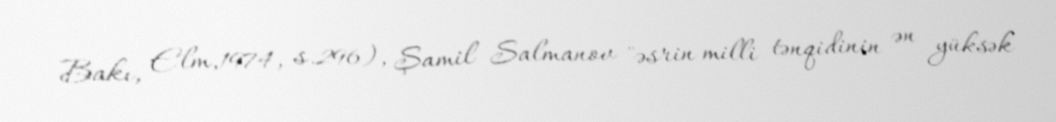
Bakı, Elm,1974, s.296), Şamil Salmanov "əsrin milli tənqidinin ən yüksək